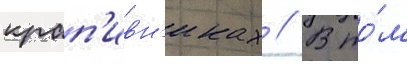
крап'ивн'иках // В то́м